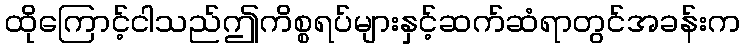
ထိုကြောင့်ငါသည်ဤကိစ္စရပ်များနှင့်ဆက်ဆံရာတွင်အခန်းက